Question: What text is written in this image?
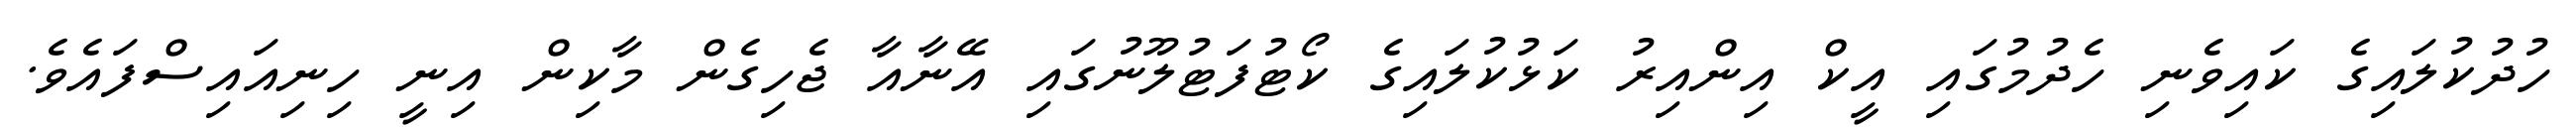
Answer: ހުދުކުލައިގެ ކައިވެނި ހެދުމުގައި އީކް އިންއިރު ކަޅުކުލައިގެ ކޯޓުފަޓުލޫނުގައި އޭނާއާ ޖެހިގެން މާކިން އިނީ ހިނިއައިސްފައެވެ.